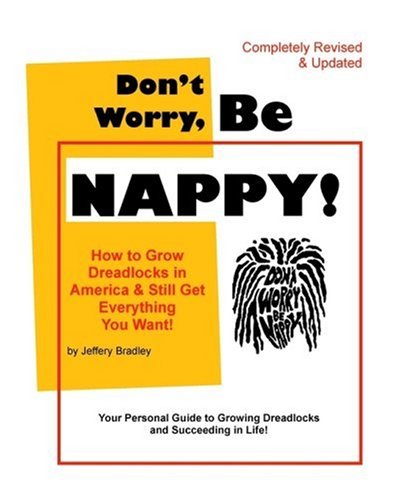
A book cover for Don't Worry, Be NAPPY! : How To Grow Dreadlocks In America And Still Get Everything You Want; Jeffery Bradley; Health, Fitness & Dieting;